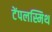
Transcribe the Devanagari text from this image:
टेंपलस्मिथ